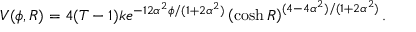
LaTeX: V ( \phi , R ) = 4 ( T - 1 ) k e ^ { - 1 2 \alpha ^ { 2 } \phi / ( 1 + 2 \alpha ^ { 2 } ) } \left( \cosh R \right) ^ { ( 4 - 4 \alpha ^ { 2 } ) / ( 1 + 2 \alpha ^ { 2 } ) } .